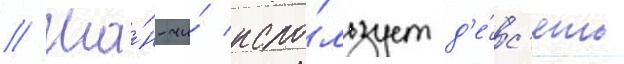
// Ша́н-чи́ испо́льзует д'е́с'ять